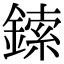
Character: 鎍